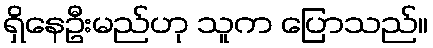
ရှိနေဦးမည်ဟု သူက ပြောသည်။